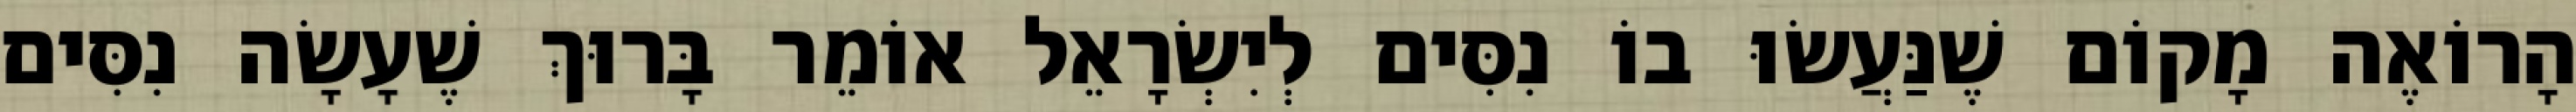
הָרוֹאֶה מָקוֹם שֶׁנַּעֲשׂוּ בוֹ נִסִּים לְיִשְׂרָאֵל אוֹמֵר בָּרוּךְ שֶׁעָשָׂה נִסִּים